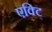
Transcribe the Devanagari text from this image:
एक्टि